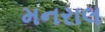
મનરાલ